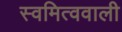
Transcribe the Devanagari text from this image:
स्वमित्ववाली